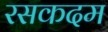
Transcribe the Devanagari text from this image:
रसकदम